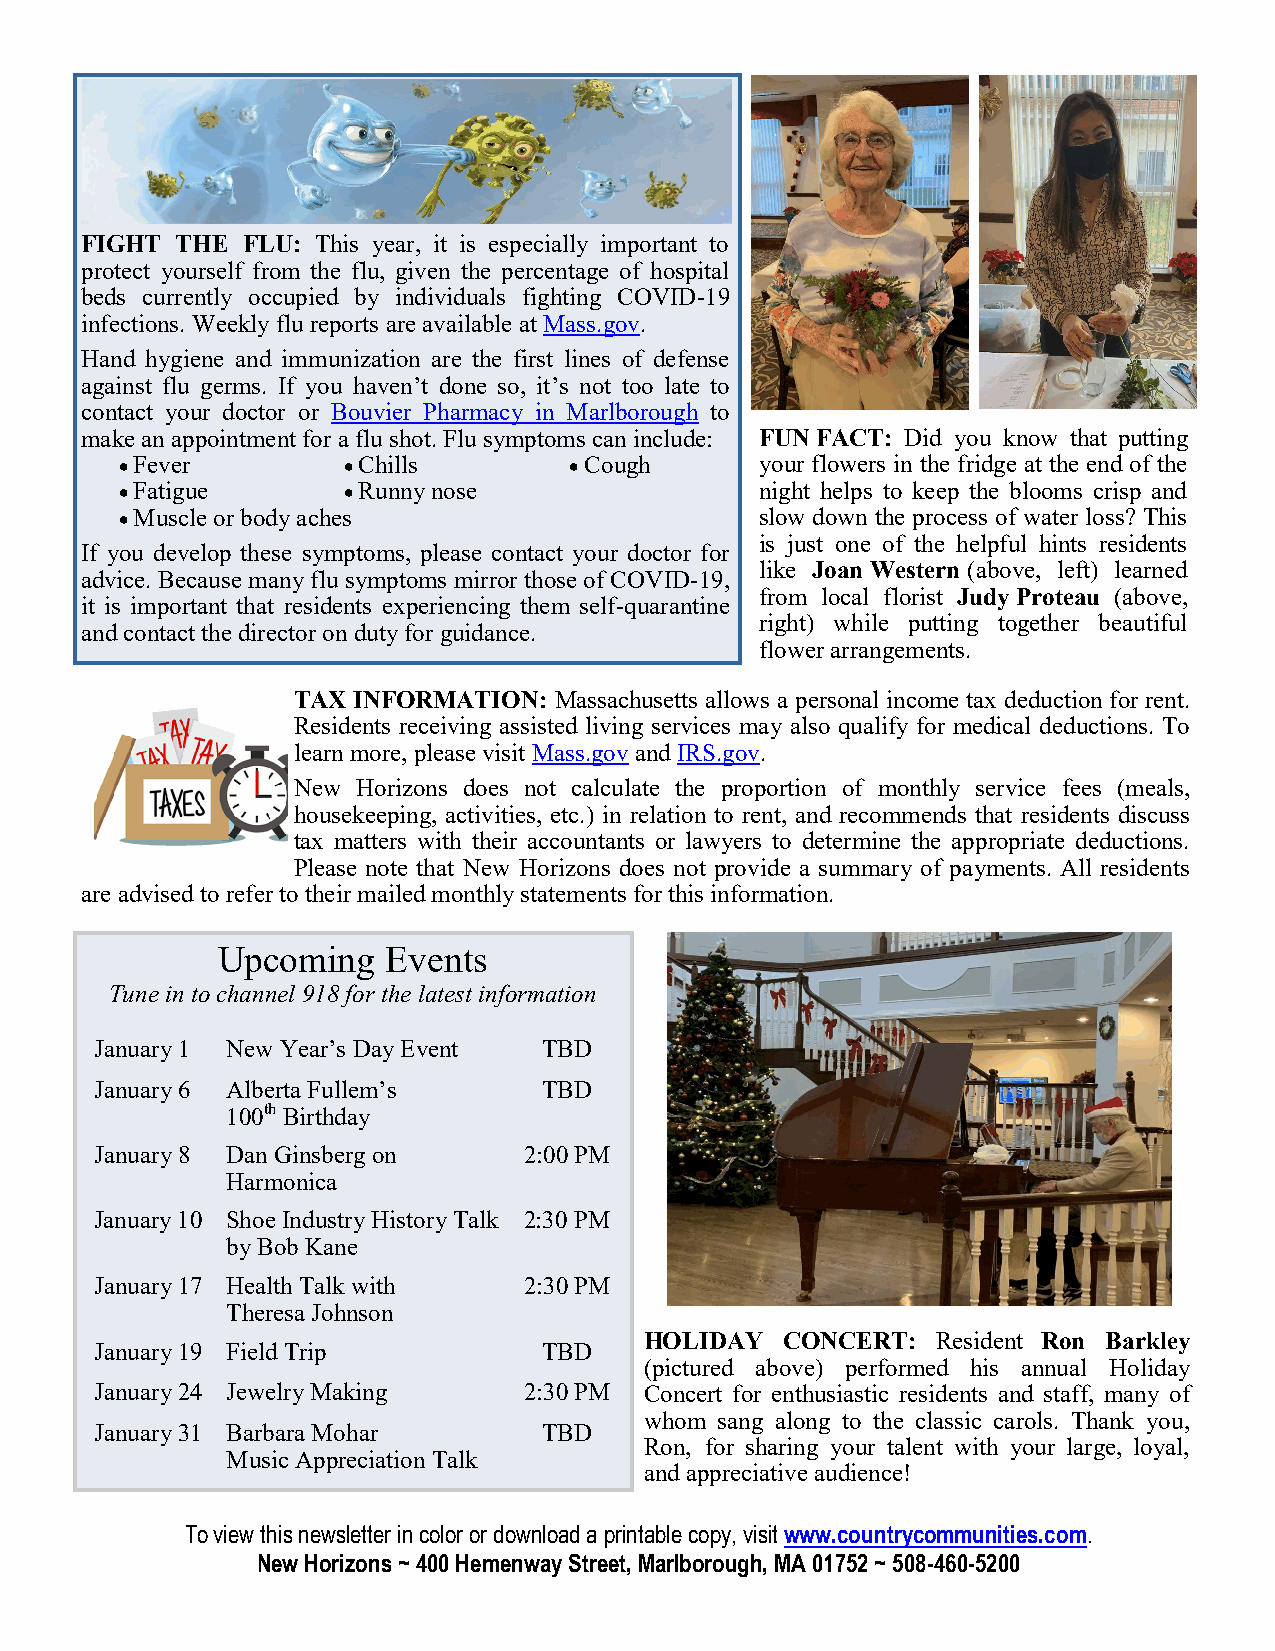
FIGHT  THE FLU: This year, it is especially important to
 protect yourself from the flu, given the percentage of hospital
 beds currently occupied by individuals fighting COVID-19
 infections. Weekly flu reports are available at Mass.gov.
 Hand hygiene and immunization are the first lines of defense
 against flu germs. If you haven’t done so, it’s not too late to
 contact your doctor or Bouvier Pharmacy in Marlborough to
 make an appointment for a flu shot. Flu symptoms can include: FUN FACT: Did you know that putting
 • Fever        • Chills       • Cough     your flowers in the fridge at the end of the
 • Fatigue      • Runny nose               night helps to keep the blooms crisp and
 • Muscle or body aches                    slow down the process of water loss? This
 is just one of the helpful hints residents
 If you develop these symptoms, please contact your doctor for
 like Joan Western (above, left) learned
 advice. Because many flu symptoms mirror those of COVID-19,
 from local florist Judy Proteau (above,
 it is important that residents experiencing them self-quarantine
 right) while putting together beautiful
 and contact the director on duty for guidance.
 flower arrangements.
 TAX INFORMATION:  Massachusetts allows a personal income tax deduction for rent.
 Residents receiving assisted living services may also qualify for medical deductions. To
 learn more, please visit Mass.gov and IRS.gov.
 New  Horizons does not calculate the proportion of monthly service fees (meals,
 housekeeping, activities, etc.) in relation to rent, and recommends that residents discuss
 tax matters with their accountants or lawyers to determine the appropriate deductions.
 Please note that New Horizons does not provide a summary of payments. All residents
 are advised to refer to their mailed monthly statements for this information.
 Upcoming    Events
 Tune in to channel 918 for the latest information
 January 1 New Year’s Day Event TBD
 January 6 Alberta Fullem’s    TBD
 100th Birthday
 January 8 Dan Ginsberg on    2:00 PM
 Harmonica
 January 10 Shoe Industry History Talk 2:30 PM
 by Bob Kane
 January 17 Health Talk with  2:30 PM
 Theresa Johnson
 HOLIDAY  CONCERT:  Resident Ron Barkley
 January 19 Field Trip         TBD
 (pictured above) performed his annual Holiday
 January 24 Jewelry Making    2:30 PM Concert for enthusiastic residents and staff, many of
 whom sang along to the classic carols. Thank you,
 January 31 Barbara Mohar      TBD
 Ron, for sharing your talent with your large, loyal,
 Music Appreciation Talk
 and appreciative audience!
 To view this newsletter in color or download a printable copy, visit www.countrycommunities.com.
 New Horizons ~ 400 Hemenway Street, Marlborough, MA 01752 ~ 508-460-5200